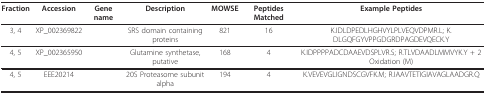
<table><thead><tr><td><b>Fraction</b></td><td><b>Accession</b></td><td><b>Gene name</b></td><td><b>Description</b></td><td><b>MOWSE</b></td><td><b>Peptides Matched</b></td><td><b>Example Peptides</b></td></tr></thead><tbody><tr><td>3, 4</td><td>XP_002369822</td><td></td><td>SRS domain containing proteins</td><td>821</td><td>16</td><td>K.IDLDPEDLHGHVYLPLVEQVDPMR.L; K.DLGQFGYVPPGDGRDPAGDEVQECK.Y</td></tr><tr><td>4, 5</td><td>XP_002365950</td><td></td><td>Glutamine synthetase, putative</td><td>168</td><td>4</td><td>K.IDPPPPADCDAAEVDSPLVR.S; R.TLVDAADLMMVYK.Y + 2 Oxidation (M)</td></tr><tr><td>4, 5</td><td>EEE20214</td><td></td><td>20S Proteasome subunit alpha</td><td>194</td><td>4</td><td>K.VEVEVGLIGNDSCGVFK.M; R.IAAVTETIGIAVAGLAADGR.Q</td></tr></tbody></table>